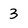
Character: 3